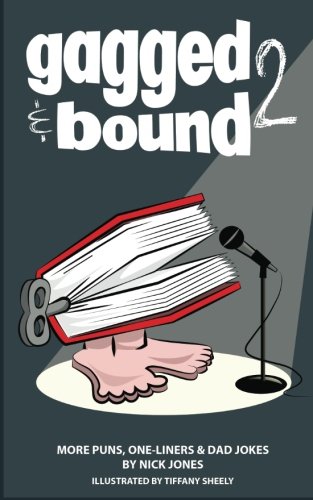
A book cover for Gagged and Bound 2: More puns, one-liners and dad jokes; Nick Jones; Humor & Entertainment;